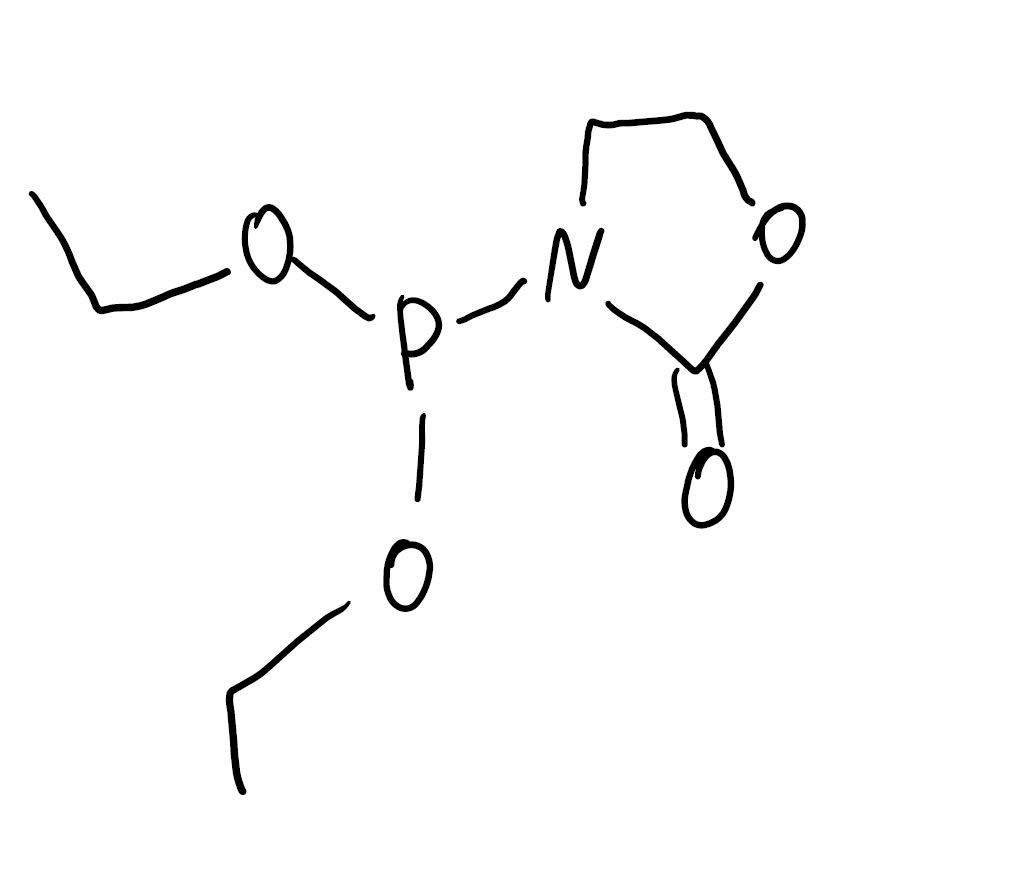
Simplified molecular-input line-entry system (SMILES) notation of the given molecule:
CCOP(N1CCOC1=O)OCC